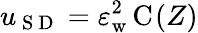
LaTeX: u_{\mathrm{~S~D~}}=\varepsilon_{\mathrm{w}}^{2}\, \mathrm{C}_{}(Z)